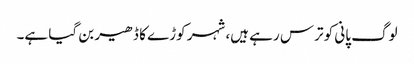
لوگ پانی کو ترس رہے ہیں، شہر کوڑے کا ڈھیر بن گیا ہے۔